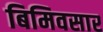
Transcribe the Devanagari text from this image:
बिमिवसार